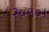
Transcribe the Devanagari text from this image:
२०१०।